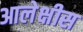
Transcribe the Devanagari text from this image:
आलेक्षीस